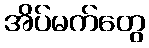
အိပ်မက်တွေ